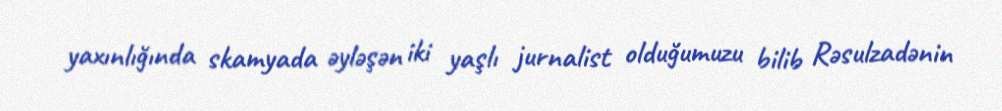
yaxınlığında skamyada əyləşən iki yaşlı jurnalist olduğumuzu bilib Rəsulzadənin